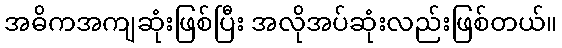
အဓိကအကျဆုံးဖြစ်ပြီး အလိုအပ်ဆုံးလည်းဖြစ်တယ်။